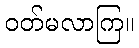
ဝတ်မလာကြ။